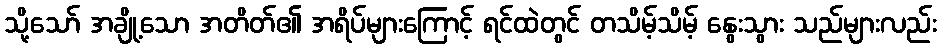
သို့သော် အချို့သော အတိတ်၏ အရိပ်များကြောင့် ရင်ထဲတွင် တသိမ့်သိမ့် နွေးသွား သည်များလည်း